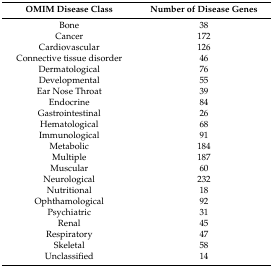
<table><thead><tr><td><b>OMIM Disease Class</b></td><td><b>Number of Disease Genes</b></td></tr></thead><tbody><tr><td>Bone</td><td>38</td></tr><tr><td>Cancer</td><td>172</td></tr><tr><td>Cardiovascular</td><td>126</td></tr><tr><td>Connective tissue disorder</td><td>46</td></tr><tr><td>Dermatological</td><td>76</td></tr><tr><td>Developmental</td><td>55</td></tr><tr><td>Ear Nose Throat</td><td>39</td></tr><tr><td>Endocrine</td><td>84</td></tr><tr><td>Gastrointestinal</td><td>26</td></tr><tr><td>Hematological</td><td>68</td></tr><tr><td>Immunological</td><td>91</td></tr><tr><td>Metabolic</td><td>184</td></tr><tr><td>Multiple</td><td>187</td></tr><tr><td>Muscular</td><td>60</td></tr><tr><td>Neurological</td><td>232</td></tr><tr><td>Nutritional</td><td>18</td></tr><tr><td>Ophthamological</td><td>92</td></tr><tr><td>Psychiatric</td><td>31</td></tr><tr><td>Renal</td><td>45</td></tr><tr><td>Respiratory</td><td>47</td></tr><tr><td>Skeletal</td><td>58</td></tr><tr><td>Unclassified</td><td>14</td></tr></tbody></table>